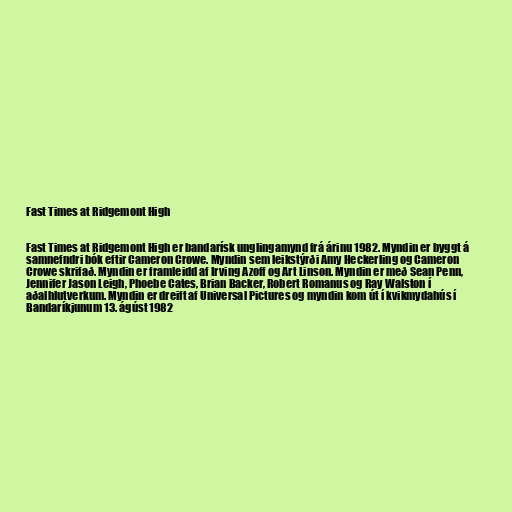
Fast Times at Ridgemont High

Fast Times at Ridgemont High er bandarísk unglingamynd frá árinu 1982. Myndin er byggt á
samnefndri bók eftir Cameron Crowe. Myndin sem leikstýrði Amy Heckerling og Cameron
Crowe skrifað. Myndin er framleidd af Irving Azoff og Art Linson. Myndin er með Sean Penn,
Jennifer Jason Leigh, Phoebe Cates, Brian Backer, Robert Romanus og Ray Walston í
aðalhlutverkum. Myndin er dreift af Universal Pictures og myndin kom út í kvikmydahús í
Bandaríkjunum 13. ágúst 1982